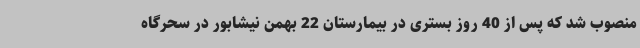
منصوب شد که پس از 40 روز بستری در بیمارستان 22 بهمن نیشابور در سحرگاه